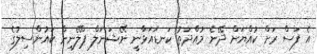
އެ ފަސް ރަށް ކުއްޔަށް ދޭނެ މުއްދަތު ކަނޑައަޅާނީ ނޭޝަނަލް ޕްލޭނިން ކައުންސިލުގެ